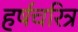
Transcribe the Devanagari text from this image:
हर्षचरित्र